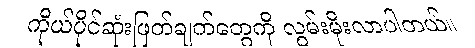
ကိုယ်ပိုင်ဆုံးဖြတ်ချက်တွေကို လွမ်းမိုးလာပါတယ်။